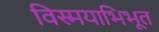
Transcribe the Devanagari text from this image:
विस्मयाभिभूत